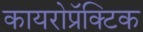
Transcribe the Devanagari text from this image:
कायरोप्रॅक्टिक